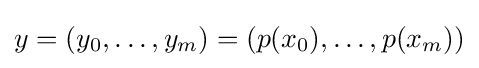
y=(y_{0},\ldots ,y_{m})=(p(x_{0}),\ldots ,p(x_{m}))